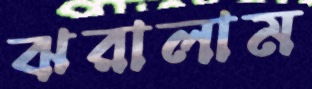
ঝরালাম